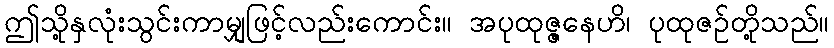
ဤသို့နှလုံးသွင်းကာမျှဖြင့်လည်းကောင်း။ အပုထုဇ္ဇနေဟိ၊ ပုထုဇဉ်တို့သည်။